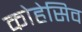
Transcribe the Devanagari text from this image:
कोहेसिव